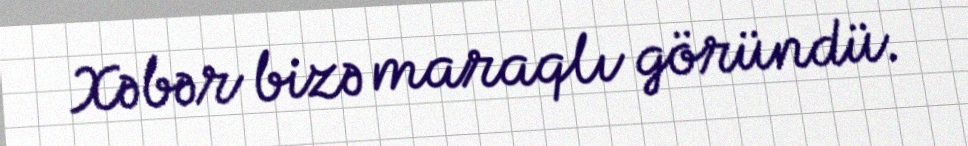
Xəbər bizə maraqlı göründü.